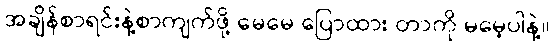
အချိန်စာရင်းနဲ့စာကျက်ဖို့ မေမေ ပြောထား တာကို မမေ့ပါနဲ့။